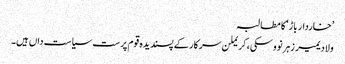
’خاردار باڑ‘ کا مطالبہ
ولادیمیر زہرنووسکی، کریملن سرکار کے پسندیدہ قوم پرست سیاست داں ہیں۔